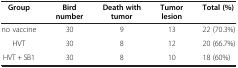
<table><thead><tr><td><b>Group</b></td><td><b>Bird number</b></td><td><b>Death with tumor</b></td><td><b>Tumor lesion</b></td><td><b>Total (%)</b></td></tr></thead><tbody><tr><td>no vaccine</td><td>30</td><td>9</td><td>13</td><td>22 (70.3%)</td></tr><tr><td>HVT</td><td>30</td><td>8</td><td>12</td><td>20 (66.7%)</td></tr><tr><td>HVT + SB1</td><td>30</td><td>8</td><td>10</td><td>18 (60%)</td></tr></tbody></table>